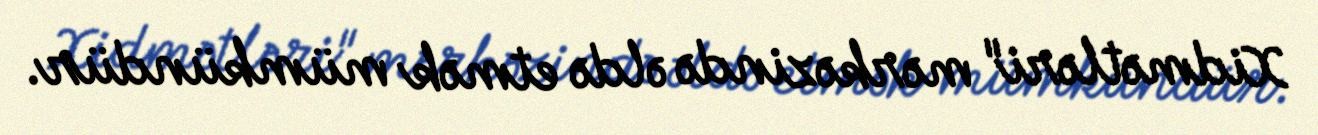
Xidmətləri" mərkəzində əldə etmək mümkündür.